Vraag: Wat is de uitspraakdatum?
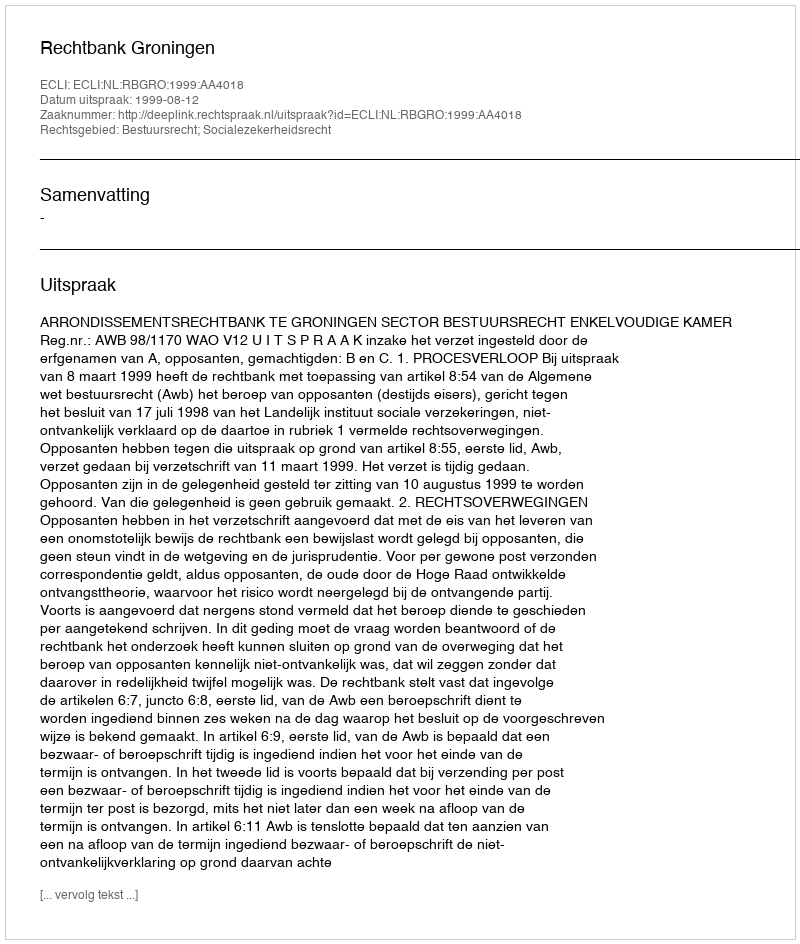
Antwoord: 1999-08-12